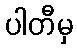
ပါတီမှ